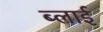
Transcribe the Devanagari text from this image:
ब्लाई